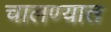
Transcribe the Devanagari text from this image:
चालण्यात